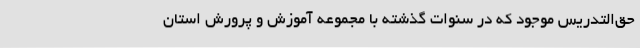
حق‌التدریس موجود که در سنوات گذشته با مجموعه آموزش و پرورش استان